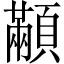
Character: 顢